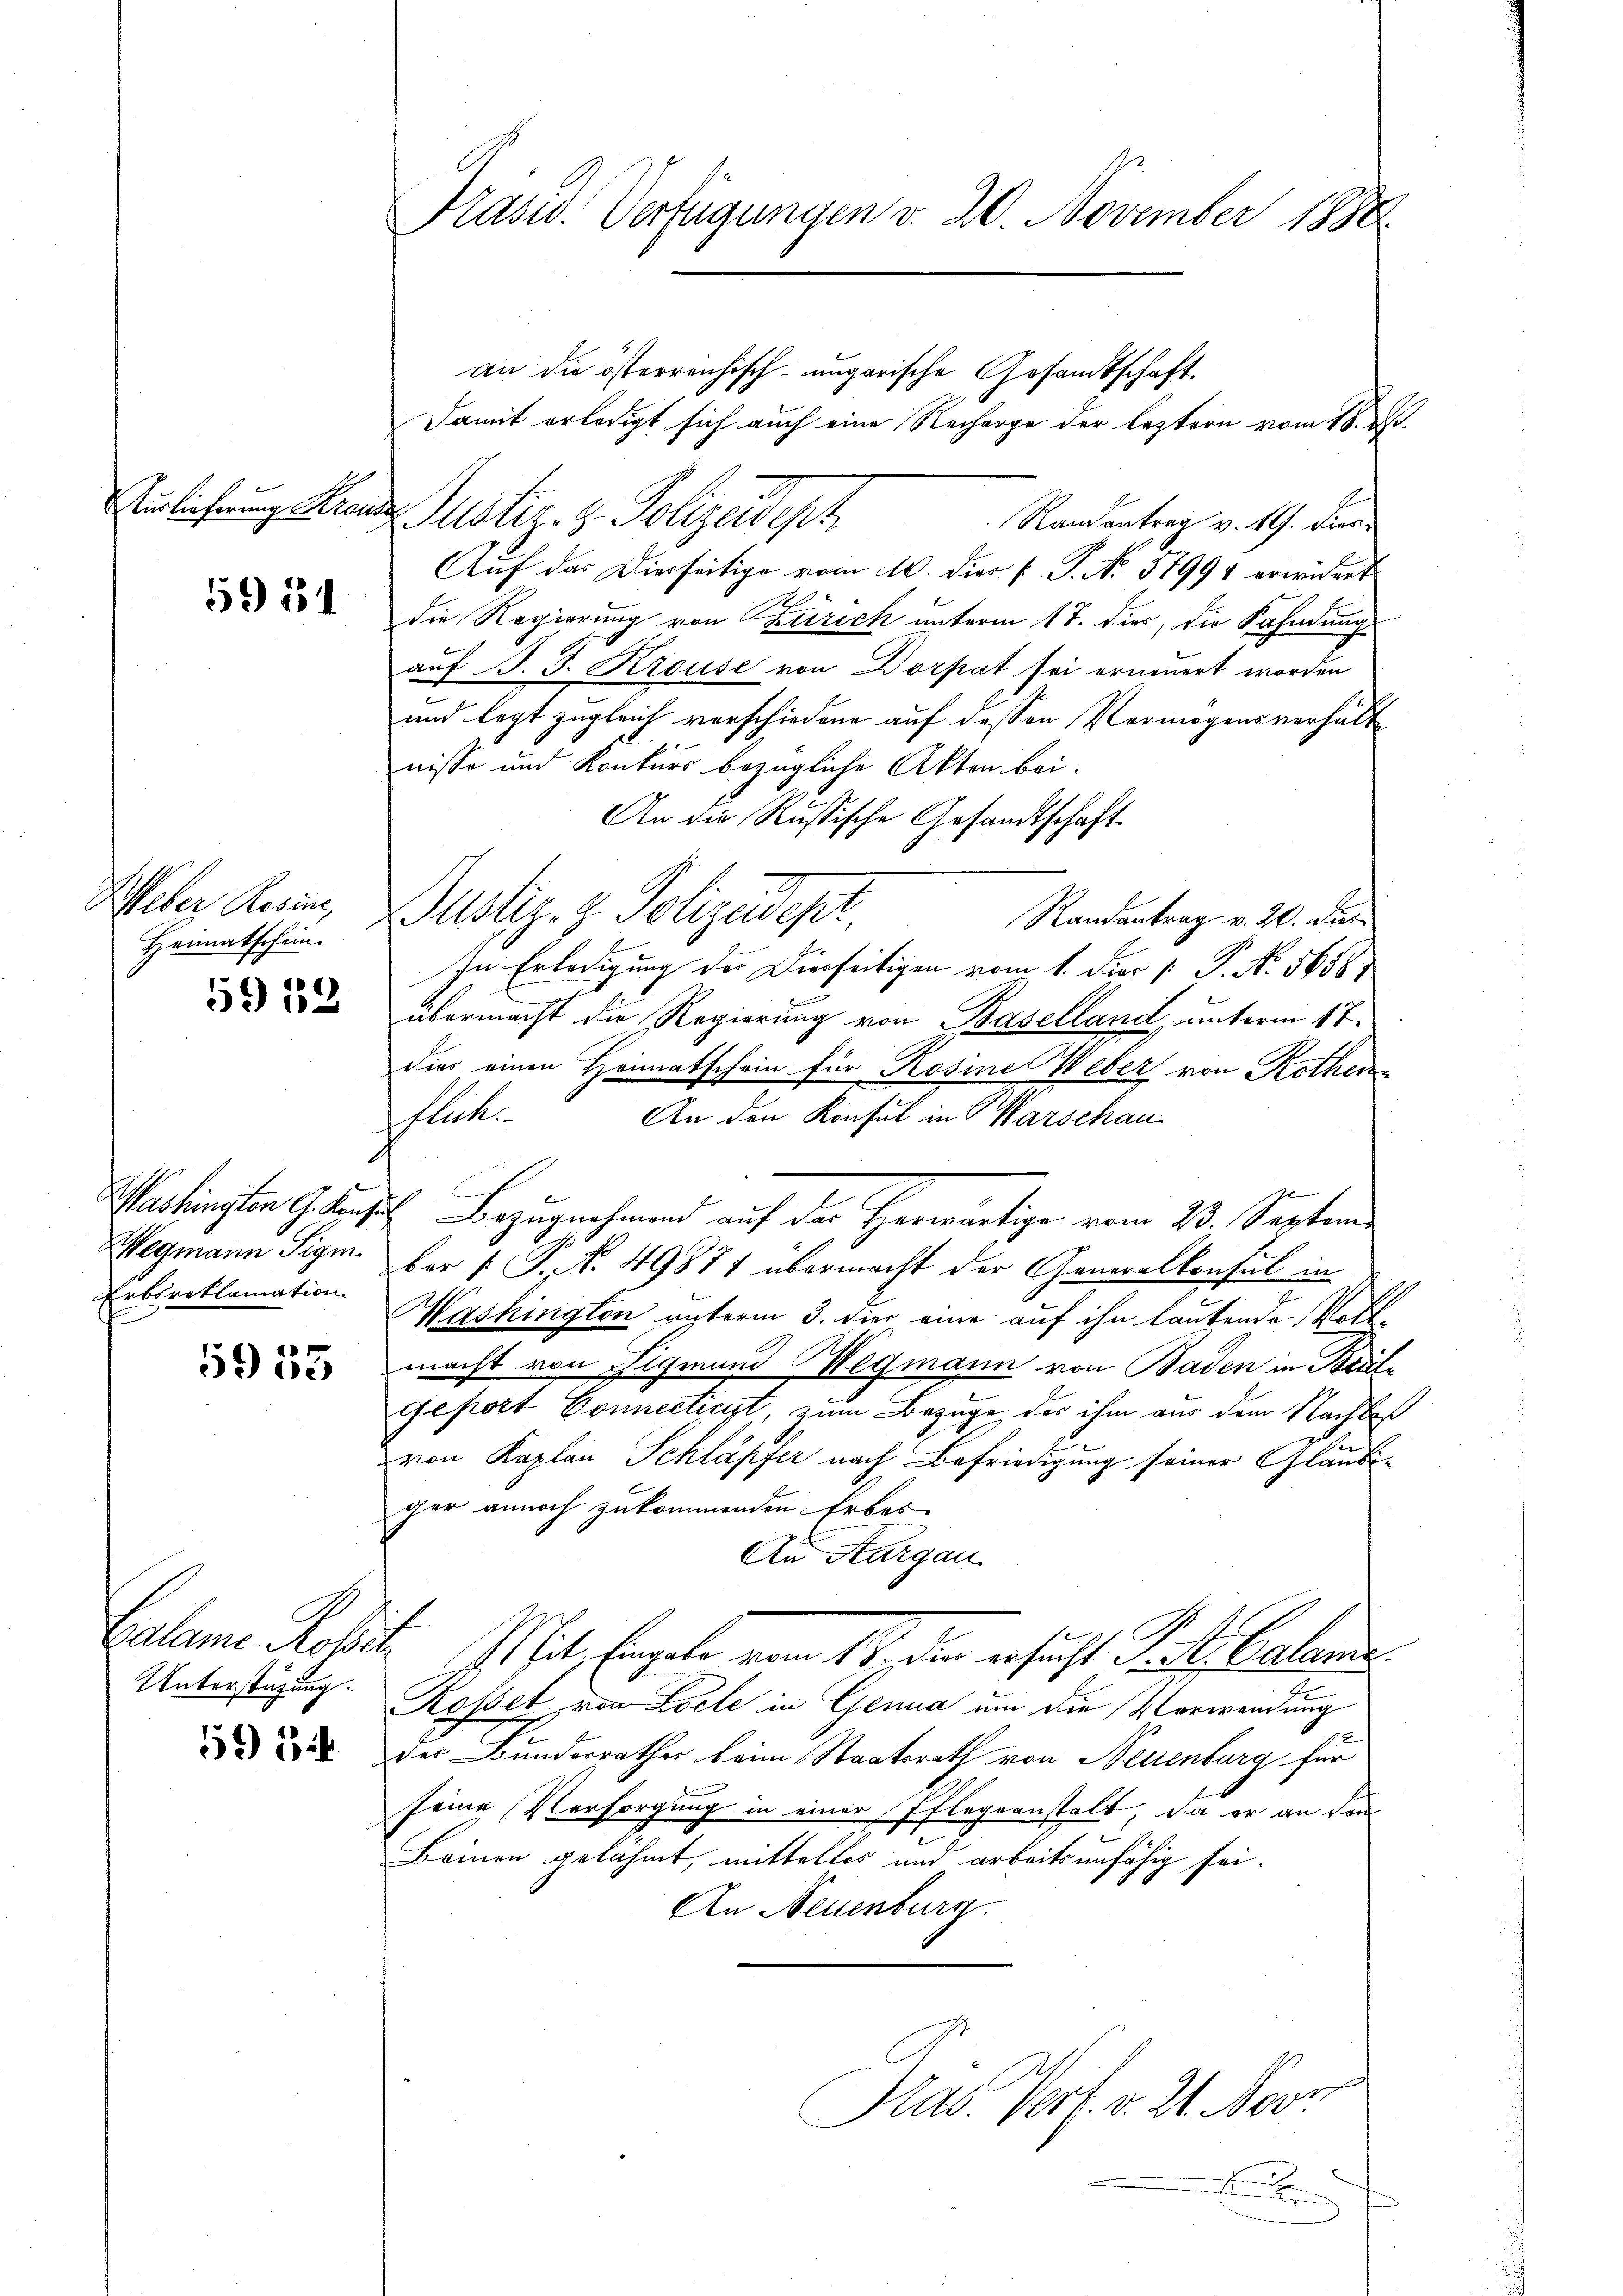
Auslieferung Kron

5951

Weber Regien,
Heimatschein.

59 39

Washington G. Kanz
Wegmann Sigm
Erbsreklamation.

933

Calame Rolle
Unterstüzung.

59) i

Präsid. Verfügungen v. 20. November 1888

an die österreichisch-ungarische Gesandtschaft.
Damit erledigt sich auch eine Recharge der leztern vom 18. d.
Justiz- & Polizeideph
Randantrag v. 19. Dies
Auf das Dierseitige vom 10. dies v. P. No. 5799 erwidert
die Regierung von Zürich unterm 17. dies, die Fahndung
auf J. J. Krouse von Dorpat sei erneuert worden
und legt zugleich verschiedene auf dessen Vermögensverhält
nisse und Konkurs bezügliche Akten bei.
An die Russische Gesandtschaft.
Justiz- & Polizeidepr
Randantrag v. 20. Dies
In Erledigung der Dierseitigen vom 1. Dier [: P. No. 5658)
übermacht die Regierung von Baselland, unterm 17
dies einen Heimatschein für Rosine Weber von Rothenflich.
An den Konsul in Marschau
1. Bezugnahmend auf der Herwärtige vom 23. Septem
ber [ P. N. 49871 übermacht der Generalkonsul in
Washington unterm 3. die eine auf ihn lautende Wort-
macht von Sigmund Wegmann von Baden in Brüte
geport Connectiert, zum Bezüge des ihm aus dem Nachbaß
von Kaplan Schläpfer nach Befriedigung seiner Gläubiger annoch zukommenden Erbes
An Aargau
Mit, Engele vom 17. die ersucht Tit. Calame
Rosset von Loche in Genua um die Vorwendung
der Bunderrathes beim Staatsrath von Neuenburg für
seine Versorgung in einer Pflegeanstalt, da er an den
Brinen gelahmt, mittellos und arbeitsunfähig sei.
An Neuenburg
Pras. Verf. v. 21. Nove